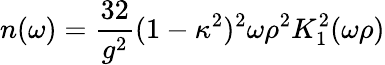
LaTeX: n(\omega)=\frac{32}{g^{2}}({1-\kappa^{2}})^{2}\omega\rho^{2}K_{1}^{2}(\omega\rho)